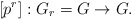
\begin{align*}[p^{r}]:G_r=G\to G.\end{align*}